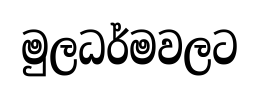
මුලධර්මවලට